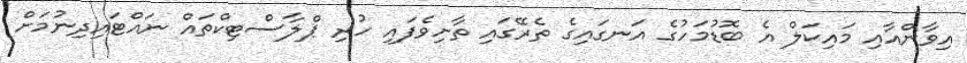
އިވާންއާއި މައިކަލް އެ ބޮޑުމަހުގެ އަނގައިގެ ތެރޭގައި ތާށިވެފައި ހުރި ޕްލާސްޓިކްތައް ނައްޓައިދިނުމަށް